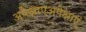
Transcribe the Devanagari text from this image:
अपेक्षाएअपेक्षाएं